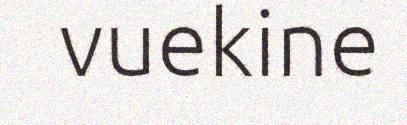
vuekine